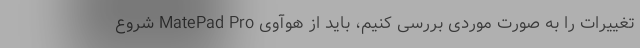
تغییرات را به صورت موردی بررسی کنیم، باید از هوآوی MatePad Pro شروع